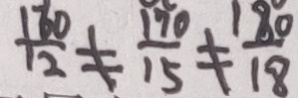
\frac { 1 6 0 } { 1 2 } \neq \frac { 1 7 0 } { 1 5 } \neq \frac { 1 8 0 } { 1 8 }